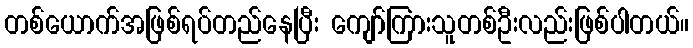
တစ်ယောက်အဖြစ်ရပ်တည်နေပြီး ကျော်ကြားသူတစ်ဦးလည်းဖြစ်ပါတယ်။